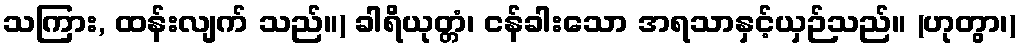
သကြား, ထန်းလျက် သည်။) ခါရိယုတ္တံ၊ ငန်ခါးသော အရသာနှင့်ယှဉ်သည်။ (ဟုတွာ၊)